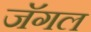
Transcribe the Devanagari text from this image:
जॅगल